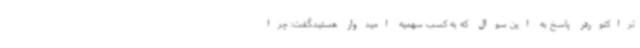
تراکتوردر پاسخ به این سوال که به کسب سهمیه امیدوار هستید،گفت: چرا